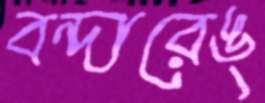
বন্দারেঙ্